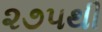
૨૭૫થી